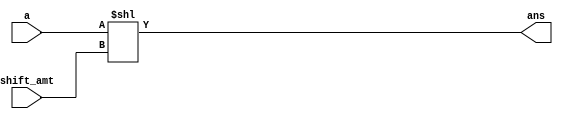
`timescale 1ps/1ps

module sll (
    input [31:0]a, input [4:0]shift_amt, output [31:0] ans
);

assign ans= a<<shift_amt;
    
endmodule